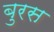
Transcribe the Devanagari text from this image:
बुरस